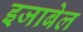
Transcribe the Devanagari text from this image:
इजाबेल